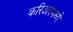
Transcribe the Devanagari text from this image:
करिअरमध्ये